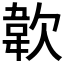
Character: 𩎗